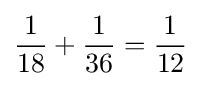
{\frac {1}{18}}+{\frac {1}{36}}={\frac {1}{12}}